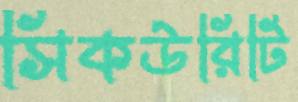
সিকউরিটি